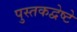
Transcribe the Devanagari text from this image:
पुस्तकद्वेष्टे